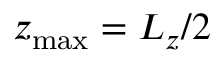
z _ { \mathrm { m a x } } = L _ { z } / 2